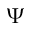
\Psi